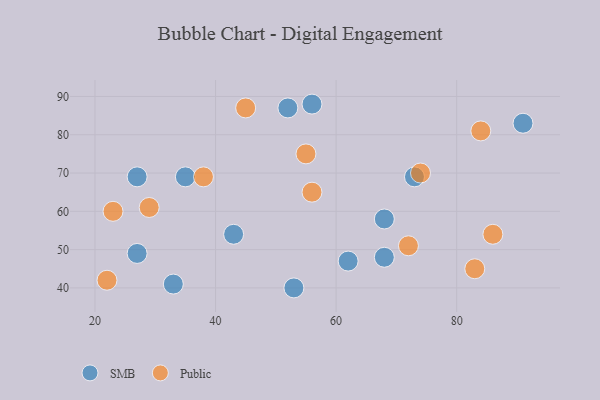
{"axis": {"x": "GDP", "y": "Life Expectancy"}, "legend": ["Public", "SMB"], "data": [{"x": "27", "y": 49, "type": "SMB"}, {"x": "91", "y": 83, "type": "SMB"}, {"x": "27", "y": 69, "type": "SMB"}, {"x": "68", "y": 58, "type": "SMB"}, {"x": "53", "y": 40, "type": "SMB"}, {"x": "33", "y": 41, "type": "SMB"}, {"x": "62", "y": 47, "type": "SMB"}, {"x": "35", "y": 69, "type": "SMB"}, {"x": "43", "y": 54, "type": "SMB"}, {"x": "52", "y": 87, "type": "SMB"}, {"x": "68", "y": 48, "type": "SMB"}, {"x": "56", "y": 88, "type": "SMB"}, {"x": "73", "y": 69, "type": "SMB"}, {"x": "22", "y": 42, "type": "Public"}, {"x": "55", "y": 75, "type": "Public"}, {"x": "84", "y": 81, "type": "Public"}, {"x": "74", "y": 70, "type": "Public"}, {"x": "23", "y": 60, "type": "Public"}, {"x": "72", "y": 51, "type": "Public"}, {"x": "38", "y": 69, "type": "Public"}, {"x": "86", "y": 54, "type": "Public"}, {"x": "56", "y": 65, "type": "Public"}, {"x": "45", "y": 87, "type": "Public"}, {"x": "29", "y": 61, "type": "Public"}, {"x": "83", "y": 45, "type": "Public"}]}